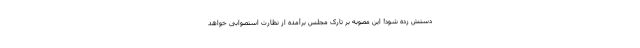
دستش زده شود! این مصوبه بر تارک مجلس برآمده از نظارت استصوابی خواهد